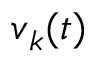
\boldsymbol v _ { \boldsymbol k } ( t )